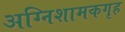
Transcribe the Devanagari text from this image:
अग्निशामकगृह